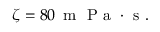
\zeta = 8 0 \, \mathrm { ~ m ~ } \mathrm { ~ P ~ a ~ } \cdot \mathrm { ~ s ~ } .